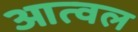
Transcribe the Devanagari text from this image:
आत्वल